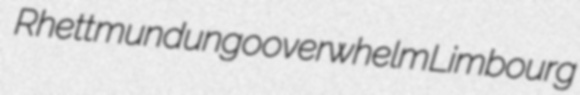
Rhett mundungo overwhelm Limbourg